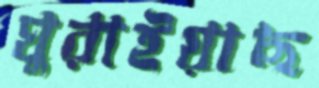
ঘুরাইয়াছ